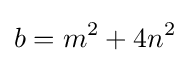
b=m^{2}+4n^{2}